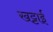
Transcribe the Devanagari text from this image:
खट्टाई